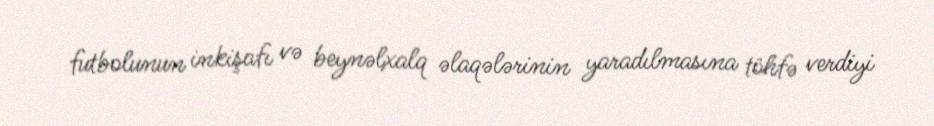
futbolunun inkişafı və beynəlxalq əlaqələrinin yaradılmasına töhfə verdiyi